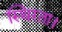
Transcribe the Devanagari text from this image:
स्थिरता।